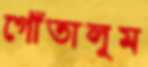
গোঁতালুম